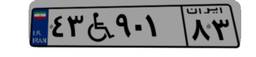
۴۳W۹۰۱۸۳